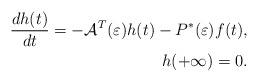
LaTeX: \begin{align*} \frac{dh(t)}{dt}=-\mathcal{A}^{T}(\varepsilon)h(t)-P^{*}(\varepsilon)f(t),\\ \ \ \ h(+\infty)=0.\end{align*}